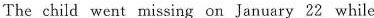
The child went missing on January 22 while